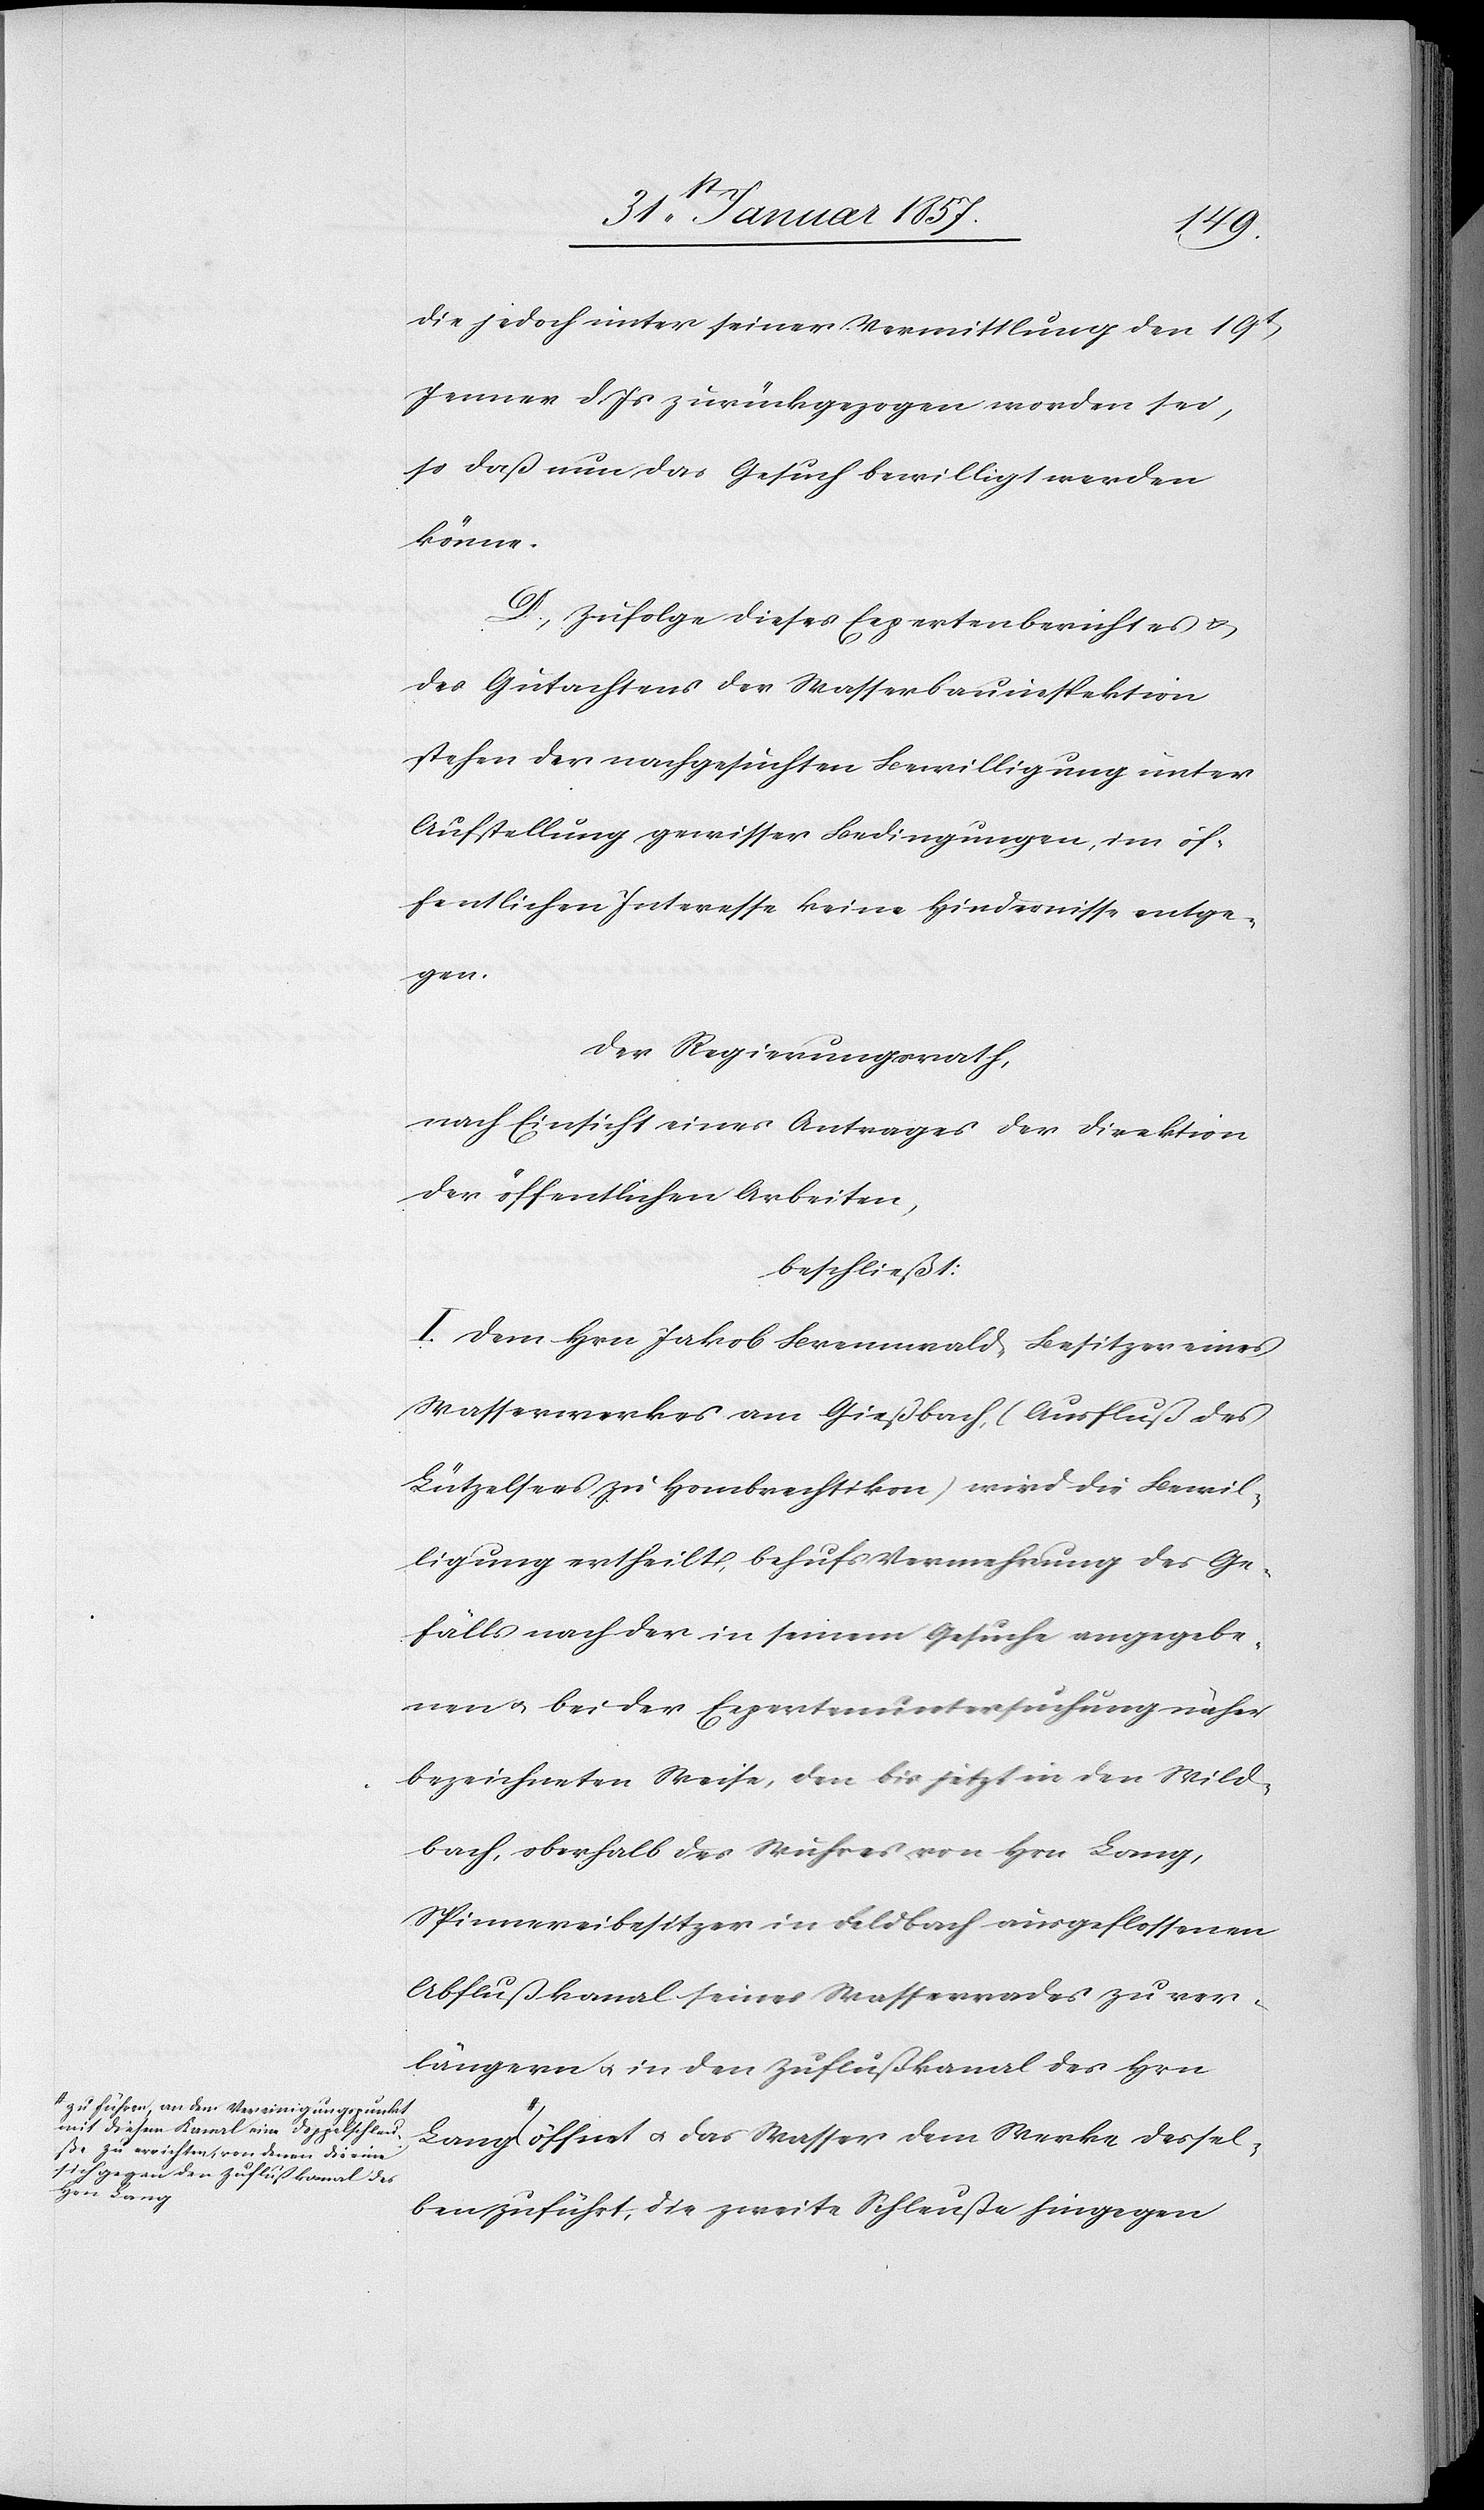
a-zu führen, an dem Vereinigungspunkt
mit diesem Kanal eine Doppelschleu¬
ße zu errichten, von denen die eine
sich gegen den Zuflußkanal des

die jedoch unter seiner Vermittlung den 19t[en]
Jenner d. Js zurückgezogen worden sei,
so daß nun das Gesuch bewilligt werden
könne.
D. Zufolge dieses Expertenberichtes &
des Gutachtens der Wasserbauinspektion
stehen der nachgesuchten Bewilligung unter
Aufstellung gewisser Bedingungen im öf¬
fentlichen Interesse keine Hindernisse entge¬
gen.
Der Regierungsrath,
nach Einsicht eines Antrages der Direktion
der öffentlichen Arbeiten,
beschließt:
I. Dem Hrn Jakob Brennwald, Besitzer eines
Wasserwerkes am Gießbach, (Ausfluß des
Lützelsees zu Hombrechtikon) wird die Bewil¬
ligung ertheilt, behufs Vermehrung des Ge¬
fälls nach der in seinem Gesuche angegebe¬
nen u. bei der Expertenuntersuchung näher
bezeichneten Weise, den bis jetzt in den Wild¬
bach, oberhalb des Wuhres von Hrn Lang,
Spinnereibesitzer in Feldbach ausgeflossenen
Abflußkanal seines Wasserrades zu ver¬
längern u. in den Zuflußkanal des Hrn
Lang-a öffnet u. das Wasser dem Werke dessel¬
ben zuführt, die zweite Schleuße hingegen